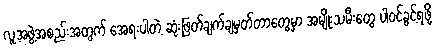
လူ့အဖွဲ့အစည်းအတွက် အေရးပါတဲ့ ဆုံးဖြတ်ချက်ချမှတ်တာတွေမှာ အမျိုးသမီးတွေ ပါဝင်ခွင့်ရဖို့